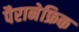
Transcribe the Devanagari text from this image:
पैरानेफ्रिक